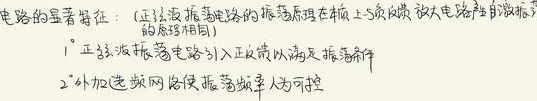
电路的显著特征：（正弦波振荡电路的振荡原理在本质上与负反馈放大电路产生自激振荡的原理相同）
1° 正弦波振荡电路引入正反馈以满足振荡条件
2° 外加选频网络使振荡频率人为可控